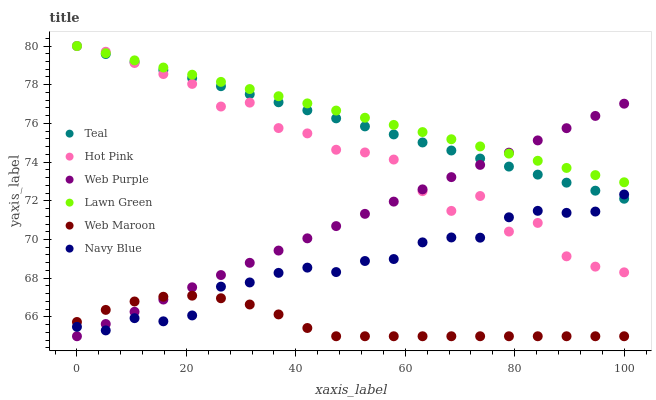
| xaxis_label | Teal | Hot Pink | Web Purple | Lawn Green | Web Maroon | Navy Blue |
 | --- | --- | --- | --- | --- | --- | --- |
 | 0 | 80 | 80 | 65 | 80 | 65.7 | 65.5 |
 | 5.26 | 79.6 | 79.7 | 65.6 | 79.6 | 66.4 | 65.3 |
 | 10.5 | 79.2 | 79.1 | 66.3 | 79.3 | 66.8 | 65.9 |
 | 15.8 | 78.8 | 78.6 | 66.9 | 78.9 | 67 | 65.8 |
 | 21.1 | 78.3 | 78 | 67.5 | 78.5 | 67.1 | 66.1 |
 | 26.3 | 77.9 | 76.9 | 68.2 | 78.1 | 67 | 67.6 |
 | 31.6 | 77.5 | 77.1 | 68.8 | 77.8 | 66.6 | 67.8 |
 | 36.8 | 77.1 | 75.8 | 69.4 | 77.4 | 66.1 | 68.3 |
 | 42.1 | 76.7 | 75.5 | 70.1 | 77 | 65.4 | 68.5 |
 | 47.4 | 76.3 | 74.6 | 70.7 | 76.7 | 65 | 68.3 |
 | 52.6 | 75.8 | 74.5 | 71.3 | 76.3 | 65 | 68.9 |
 | 57.9 | 75.4 | 74.1 | 72 | 75.9 | 65 | 69 |
 | 63.2 | 75 | 72.5 | 72.6 | 75.6 | 65 | 69.9 |
 | 68.4 | 74.6 | 71.5 | 73.2 | 75.2 | 65 | 70.1 |
 | 73.7 | 74.2 | 72.2 | 73.9 | 74.8 | 65 | 70.1 |
 | 78.9 | 73.8 | 70.4 | 74.5 | 74.4 | 65 | 71.1 |
 | 84.2 | 73.4 | 70.9 | 75.1 | 74.1 | 65 | 71.5 |
 | 89.5 | 72.9 | 69.1 | 75.8 | 73.7 | 65 | 71.4 |
 | 94.7 | 72.5 | 68.6 | 76.4 | 73.3 | 65 | 71.4 |
 | 100 | 72.1 | 68.3 | 77 | 73 | 65 | 72.3 |